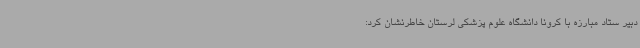
دبیر ستاد مبارزه با کرونا دانشگاه علوم پزشکی لرستان خاطرنشان کرد: